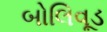
બોલિવૂડ